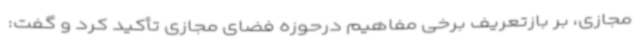
مجازی، بر بازتعریف برخی مفاهیم درحوزه فضای مجازی تأکید کرد و گفت: